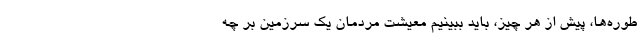
طوره‌ها، پیش از هر چیز، باید ببینیم معیشت مردمان یک سرزمین بر چه